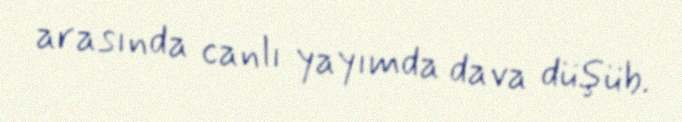
arasında canlı yayımda dava düşüb.